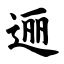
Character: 逦